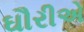
ઘૌરીએ